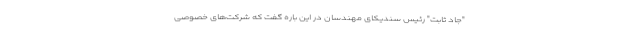
"جاد ثابت" رئیس سندیکای مهندسان در این باره گفت که شرکت‌های خصوصی